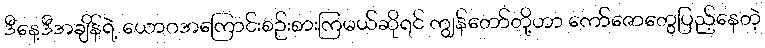
ဒီနေ့ဒီအချိန်ရဲ့ ယောဂအကြောင်းစဉ်းစားကြမယ်ဆိုရင် ကျွန်တော်တို့ဟာ ကော်ဇောတွေပြည့်နေတဲ့